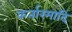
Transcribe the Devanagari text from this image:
कर्तारमादि